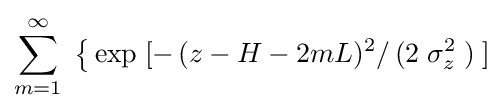
\sum _{m=1}^{\infty }\;{\big \{}\exp \;[-\,(z-H-2mL)^{2}/\,(2\;\sigma _{z}^{2}\;)\;]